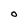
Character: 0